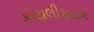
કોયલીફાટક